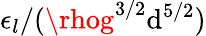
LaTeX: \epsilon_{l}/(\rhog^{3/2}\mathrm{d}^{5/2})